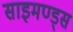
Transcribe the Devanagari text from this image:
साइमण्ड्स